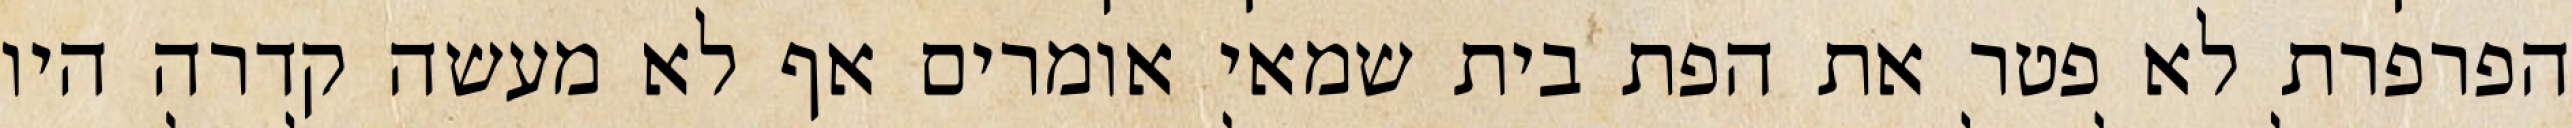
הפרפרת לא פטר את הפת בית שמאי אומרים אף לא מעשה קדרה היו